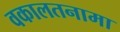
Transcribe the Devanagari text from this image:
वकालतनामा